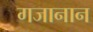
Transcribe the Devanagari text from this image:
गजानान